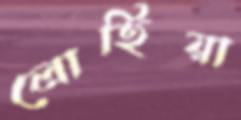
লোহিয়া